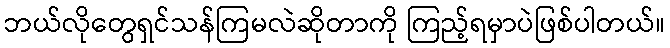
ဘယ်လိုတွေရှင်သန်ကြမလဲဆိုတာကို ကြည့်ရမှာပဲဖြစ်ပါတယ်။